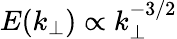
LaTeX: E(k_{\perp})\propto k_{\perp}^{-3/2}